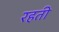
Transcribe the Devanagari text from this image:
रहती